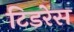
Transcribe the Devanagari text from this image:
टिडरेस